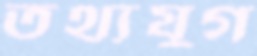
তথ্যযুগ